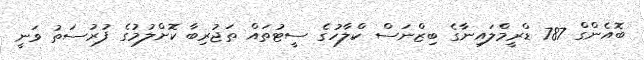
ބޮއެންގް 787 ޑްރީމްލައިނާގެ ބިޒްނަސް ކްލާހުގެ ސީޓުތައް ތަޖުރިބާ ކޮށްލުމުގެ ފުރުސަތު ވަނީ